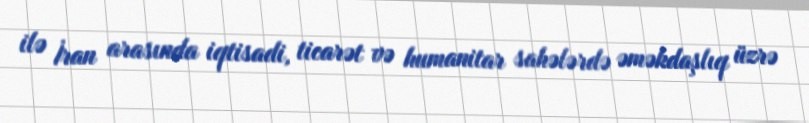
ilə İran arasında iqtisadi, ticarət və humanitar sahələrdə əməkdaşlıq üzrə